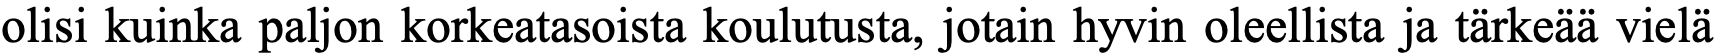
olisi kuinka paljon korkeatasoista koulutusta, jotain hyvin oleellista ja tärkeää vielä